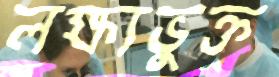
লক্ষ্যভুক্ত